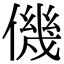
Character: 僟